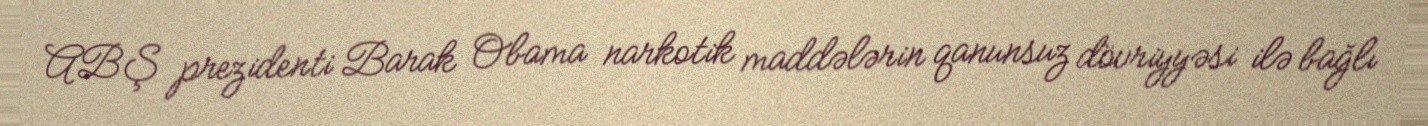
ABŞ prezidenti Barak Obama narkotik maddələrin qanunsuz dövriyyəsi ilə bağlı